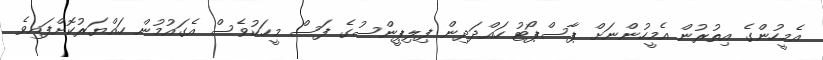
އެމީހުންގެ އިތުރުން އެމީހުންނަށް ޕާސްޕޯޓު ހައްދަދިން ފިލިޕީންސުގެ ފަސް މީހަކުވެސް އެގައުމުން ހައްޔަރުކޮށްފައިވެ